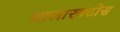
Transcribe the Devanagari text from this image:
थालारक्टोस